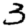
Digit: 3